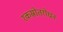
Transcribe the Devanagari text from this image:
रकस्रोतरोधन